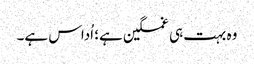
وہ بہت ہی غمگین ہے؛ اُداس ہے۔